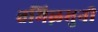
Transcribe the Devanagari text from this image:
तमिऴमुनी